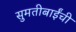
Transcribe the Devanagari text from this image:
सुमतीबाईंची